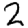
Digit: 2